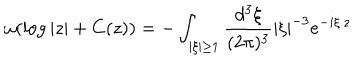
\omega ( \log | z | + C ( z ) ) = - \int _ { | \xi | \geq 1 } \frac { d ^ { 3 } \xi } { ( 2 \pi ) ^ { 3 } } | \xi | ^ { - 3 } e ^ { - i \xi . z }